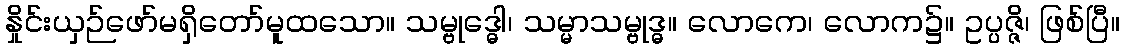
နှိုင်းယှဉ်ဖော်မရှိတော်မူထသော။ သမ္ဗုဒ္ဓေါ၊ သမ္မာသမ္ဗုဒ္ဓ။ လောကေ၊ လောက၌။ ဥပ္ပဇ္ဇိ၊ ဖြစ်ပြီ။